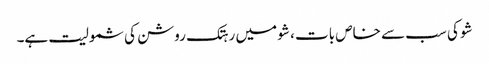
شو کی سب سے خاص بات ، شو میں رہتک روشن کی شمولیت ہے۔